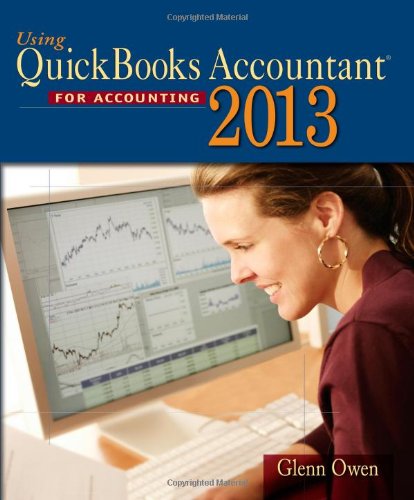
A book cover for Using Quickbooks Accountant 2013 (with CD-ROM and Data File CD-ROM); Glenn Owen; Computers & Technology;